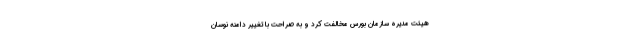
هیئت مدیره سازمان بورس مخالفت کرد و به صراحت با تغییر دامنه نوسان